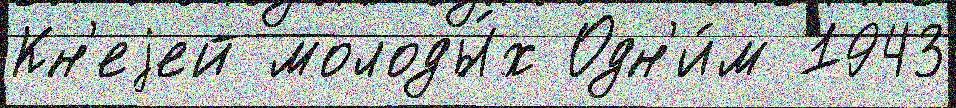
Кн'еjей молоды́х Одн'и́м 1943